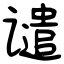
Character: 谴